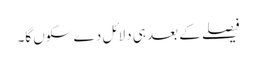
فیصلے کے بعد ہی دلائل دے سکوں گا۔